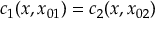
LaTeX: c _ { 1 } ( x , x _ { 0 1 } ) = c _ { 2 } ( x , x _ { 0 2 } )